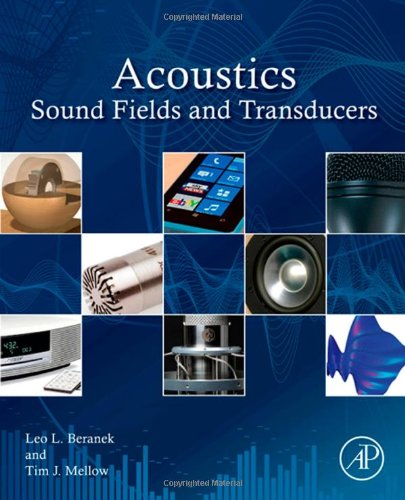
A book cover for Acoustics: Sound Fields and Transducers; Leo L. Beranek; Science & Math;